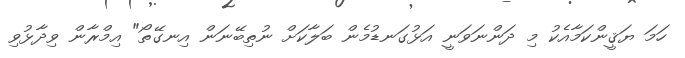
ހަމަ ޔަޤީންކަމާއެކު މި ދަންނަވަނީ އަޅުގަނޑުމެން ބަލާކަށް ނުތިބޭނަން އިނގޭތޯ" އިމްރާން ވިދާޅުވި